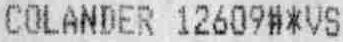
COLANDER 12609#*VS